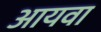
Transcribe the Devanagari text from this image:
आयवा